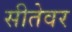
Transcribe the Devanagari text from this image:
सीतेवर